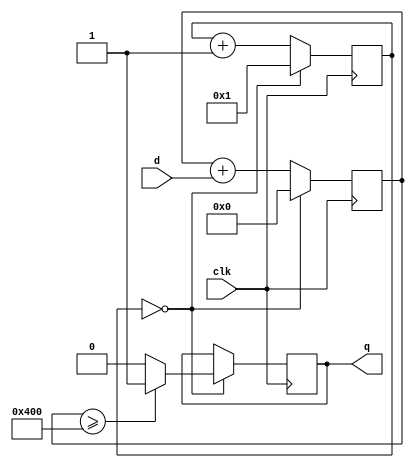
`timescale 1ns / 1ps
//////////////////////////////////////////////////////////////////////////////////
// Company: 
// Engineer: 
// 
// Design Name: 
// Module Name: Debounce
// Project Name: 
// Target Devices: 
// Tool Versions: 
// Description: 
// 
// Dependencies: 
// 
// Revision:
// Revision 0.01 - File Created
// Additional Comments:
// 
//////////////////////////////////////////////////////////////////////////////////



module Debounce #(
    parameter POWER = 21
    )(
    output q,
    input d,
    input clk
    );

reg out = 0;
reg [POWER-1:0] active = 0;
reg [POWER-1:0] counter = 0;

always @ (posedge clk) begin
    if (counter == 0) begin
        out <= active >= (1 << (POWER/2)) ? 1 : 0;
        active <= 0;
        counter <= 1;
    end else begin
        active <= active + d;
        counter <= counter + 1;
    end
end

assign q = out;

// SinglePulser singlePulser(q, out, clk);
    
endmodule

module SinglePulser(
    output reg q = 0,
    input d,
    input clk
    );

reg prev = 0;
always @ (posedge clk) begin 
    prev <= d;
    q <= d && ~prev;
end

endmodule